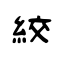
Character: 絞